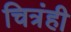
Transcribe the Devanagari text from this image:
चित्रंही